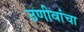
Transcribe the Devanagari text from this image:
उणीवांचा